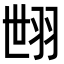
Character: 𦐞